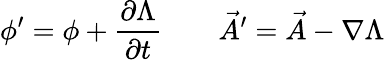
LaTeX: \phi^{\prime}=\phi+{\frac{\partial\Lambda}{\partial t}}\qquad{\vec{A}}^{\prime}={\vec{A}}-\nabla\Lambda